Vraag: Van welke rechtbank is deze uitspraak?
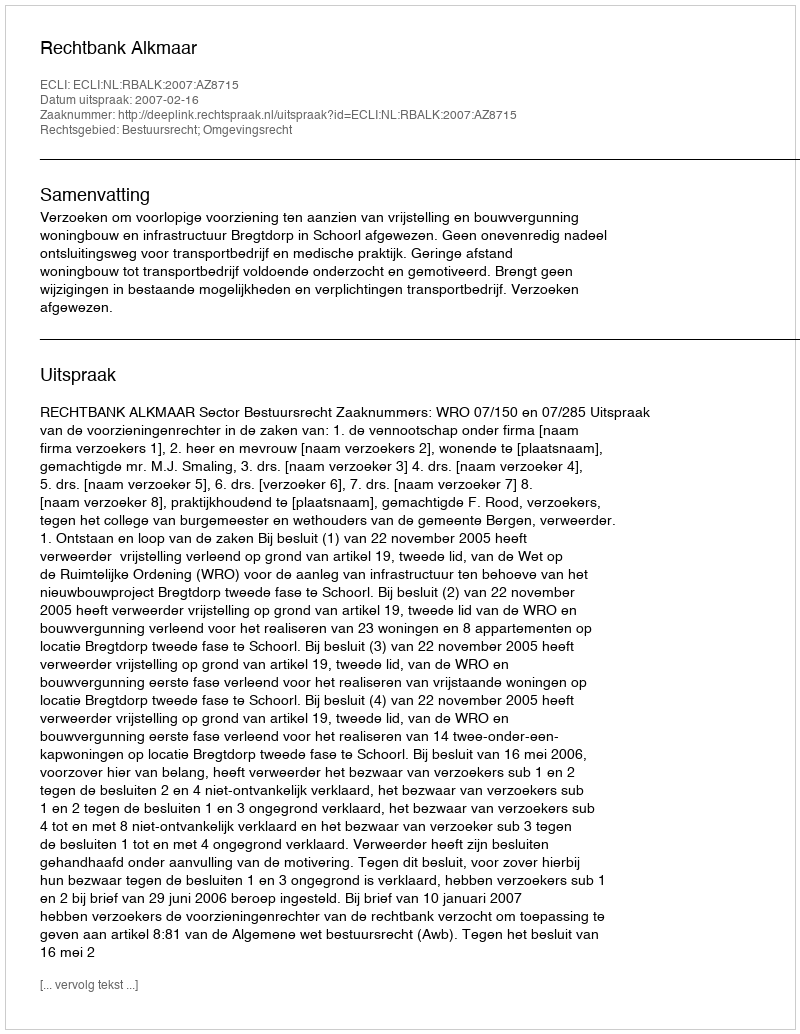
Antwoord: Rechtbank Alkmaar